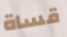
قساة